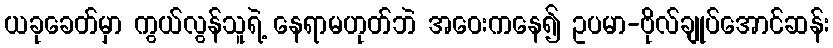
ယခုခေတ်မှာ ကွယ်လွန်သူရဲ့ နေရာမဟုတ်ဘဲ အဝေးကနေ၍ ဥပမာ-ဗိုလ်ချုပ်အောင်ဆန်း